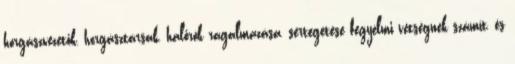
horgászvezetők, horgásztársak, halőrök rágalmazása, sértegetése fegyelmi vétségnek számít, és